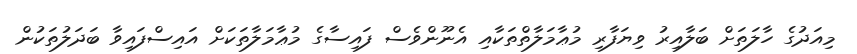
މިއަދުގެ ހާލަތަށް ބަލާއިރު ވިޔަފާރި މުޢާމަލާތްތަކާއި އެނޫންވެސް ފައިސާގެ މުޢާމަލާތަކަށް އައިސްފައިވާ ބަދަލުތަކުން